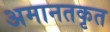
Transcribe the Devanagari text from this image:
अमानतकृत